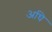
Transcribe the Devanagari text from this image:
अघि